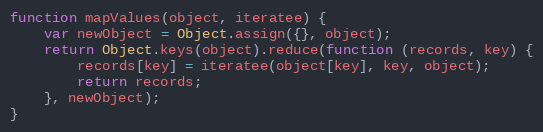
Language: JavaScript
function mapValues(object, iteratee) {
    var newObject = Object.assign({}, object);
    return Object.keys(object).reduce(function (records, key) {
        records[key] = iteratee(object[key], key, object);
        return records;
    }, newObject);
}